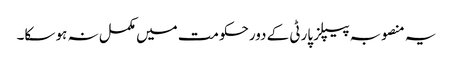
یہ منصوبہ پیپلز پارٹی کے دورحکومت میں مکمل نہ ہو سکا۔